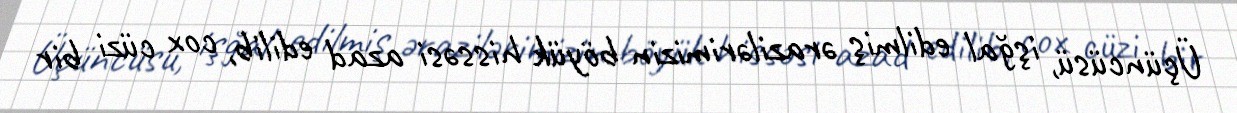
Üçüncüsü, işğal edilmiş ərazilərimizin böyük hissəsi azad edilib, cox cüzi bir